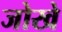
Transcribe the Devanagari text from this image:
जोखे